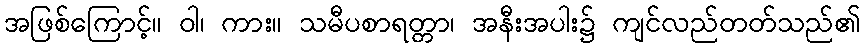
အဖြစ်ကြောင့်။ ဝါ၊ ကား။ သမီပစာရတ္တာ၊ အနီးအပါး၌ ကျင်လည်တတ်သည်၏